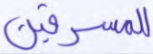
للمسرفين